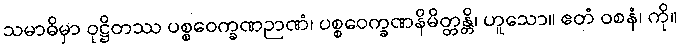
သမာဓိမှာ ဝုဋ္ဌိတဿ ပစ္စဝေက္ခဏဉာဏံ၊ ပစ္စဝေက္ခဏနိမိတ္တန္တိ၊ ဟူသော။ ဧတံ ဝစနံ၊ ကို။